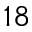
1 8